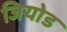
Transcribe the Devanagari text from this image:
जियोड